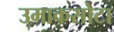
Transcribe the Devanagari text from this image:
उमाकसोटा